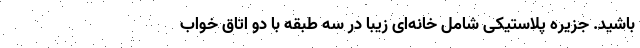
باشید. جزیره پلاستیکی شامل خانه‌ای زیبا در سه طبقه با دو اتاق خواب